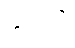
နုဒတိ